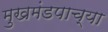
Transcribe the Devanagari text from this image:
मुखमंडपाच्या